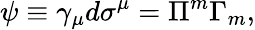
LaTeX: \psi\equiv\gamma_{\mu}d\sigma^{\mu}=\Pi^{m}\Gamma_{m},